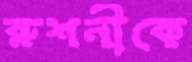
রুশনীকে